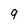
Character: q